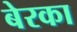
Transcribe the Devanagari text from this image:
बेरका